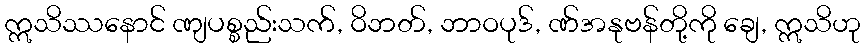
ဣသိဿနောင် ဏျပစ္စည်းသက်, ဝိဘတ်, ဘာဝပုဒ်, ဏ်အနုဗန်တို့ကို ချေ, ဣသိဟု